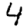
Digit: 4